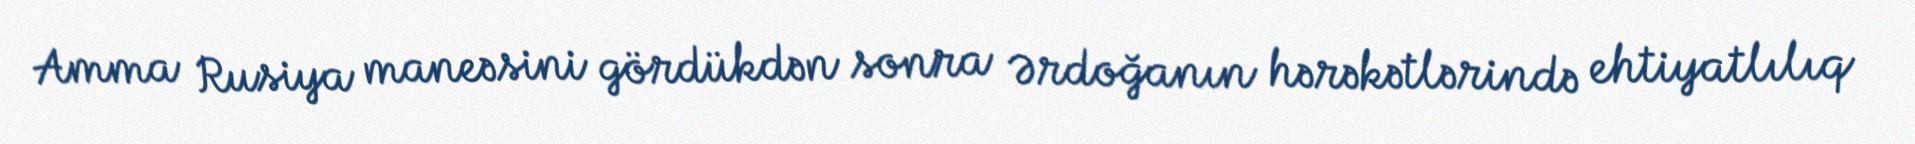
Amma Rusiya maneəsini gördükdən sonra Ərdoğanın hərəkətlərində ehtiyatlılıq